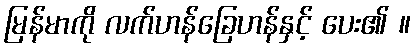
မြန်မာကို လက်ဟန်ခြေဟန်နှင့် ပေး၏ ။